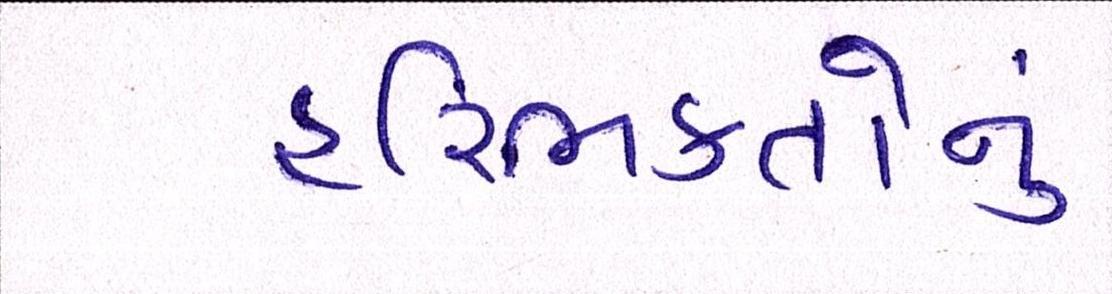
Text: હરિભક્તોનું